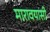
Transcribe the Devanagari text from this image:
मारावयासी